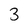
Character: 3